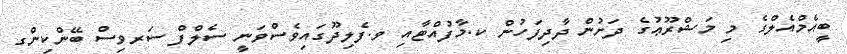
ބީއެމްއެލްގެ މި މަޝްރޫޢުގެ ދަށުން ދާދިފަހުން ކ.މާފުއްޓާއި ވ.ފެލިދޫގައިވެސްވަނީ ސެލްފް ސަރވިސް ބޭންކިންގ